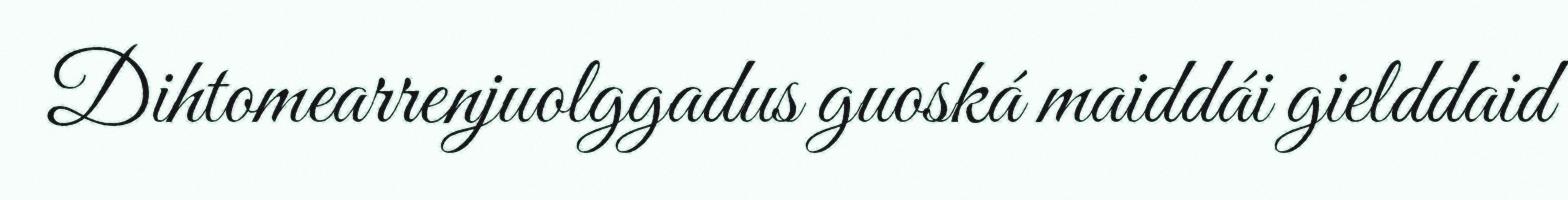
Dihtomearrenjuolggadus guoská maiddái gielddaid